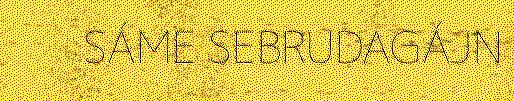
SÁME SEBRUDAGÁJN